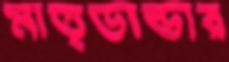
মাতৃভান্ডার